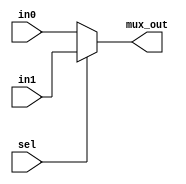
module mux2x1 (sel, in0, in1, mux_out);
parameter WIDTH=32;
input sel;
input   [WIDTH-1:0] in0, in1;

output reg [WIDTH-1:0] mux_out;

always @ ( sel , in0 , in1 )
begin
    mux_out = sel ? in1 : in0 ;
end
endmodule